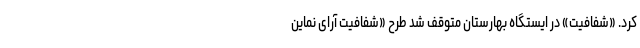
کرد. «شفافیت» در ایستگاه بهارستان متوقف شد طرح «شفافیت آرای نماین